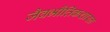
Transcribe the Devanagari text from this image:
जैवभौतिकशास्त्र